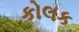
કોલક